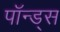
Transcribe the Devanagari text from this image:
पॉन्ड्स